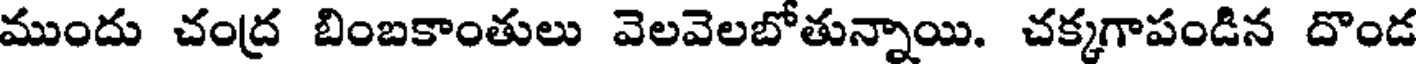
ముందు చంద్ర బింబకాంతులు వెలవెలబోతున్నాయి. చక్కగాపండిన దొండ